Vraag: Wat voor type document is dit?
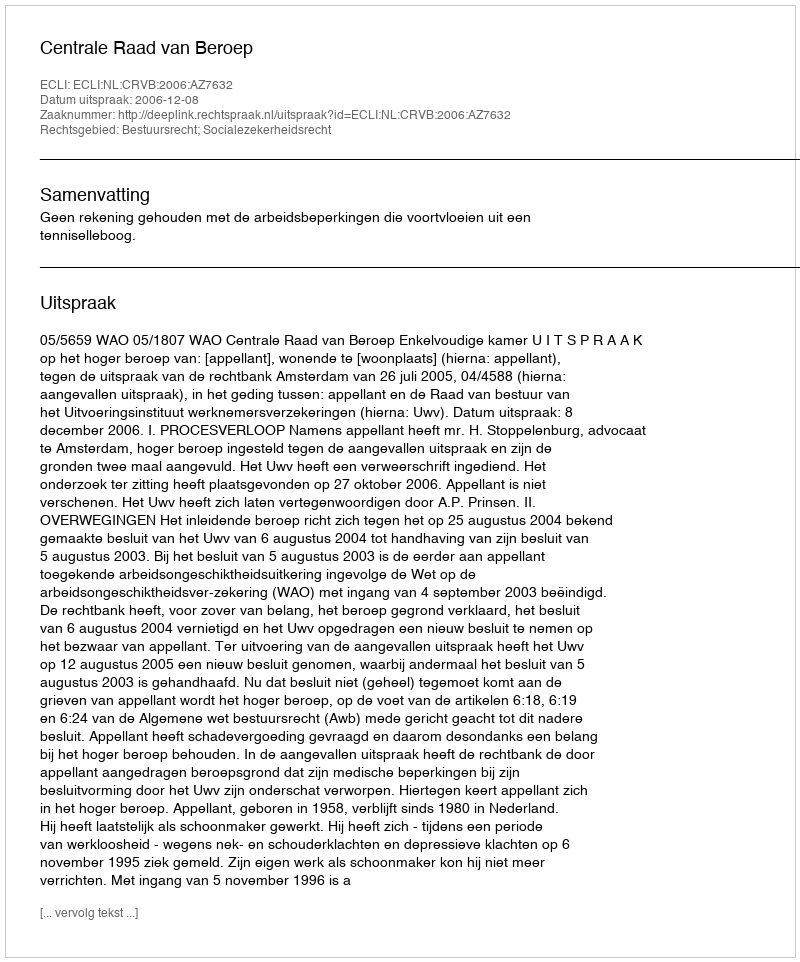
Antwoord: Uitspraak